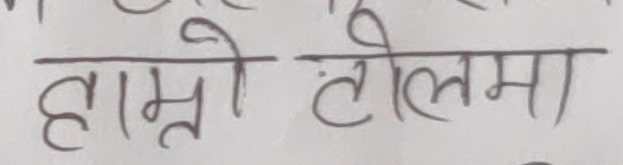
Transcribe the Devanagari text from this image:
हाम्रो टोलमा